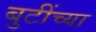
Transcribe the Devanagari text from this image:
बुटींच्या